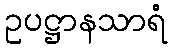
ဥပဋ္ဌာနသာရံ